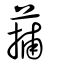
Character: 蒱